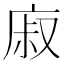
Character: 𢉌